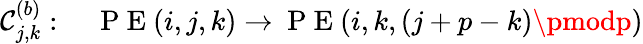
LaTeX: \mathcal{C}_{j,k}^{(b)}:\quad\mathrm{{~P~E~}}(i,j,k)\rightarrow\mathrm{{~P~E~}}(i,k,(j+p-k)\pmodp)